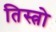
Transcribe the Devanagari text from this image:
तिस्त्रो